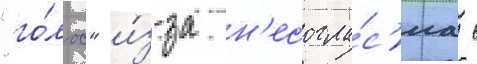
"го́лос" и́з-за н'есогла́с'иа с